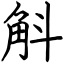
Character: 斛